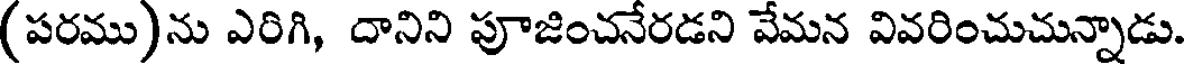
(పరము)ను ఎరిగి, దానిని పూజించనేరడని వేమన వివరించుచున్నాడు.